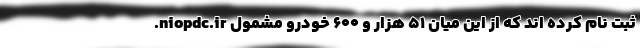
.niopdc.ir ثبت نام کرده اند که از این میان ۵۱ هزار و ۶۰۰ خودرو مشمول